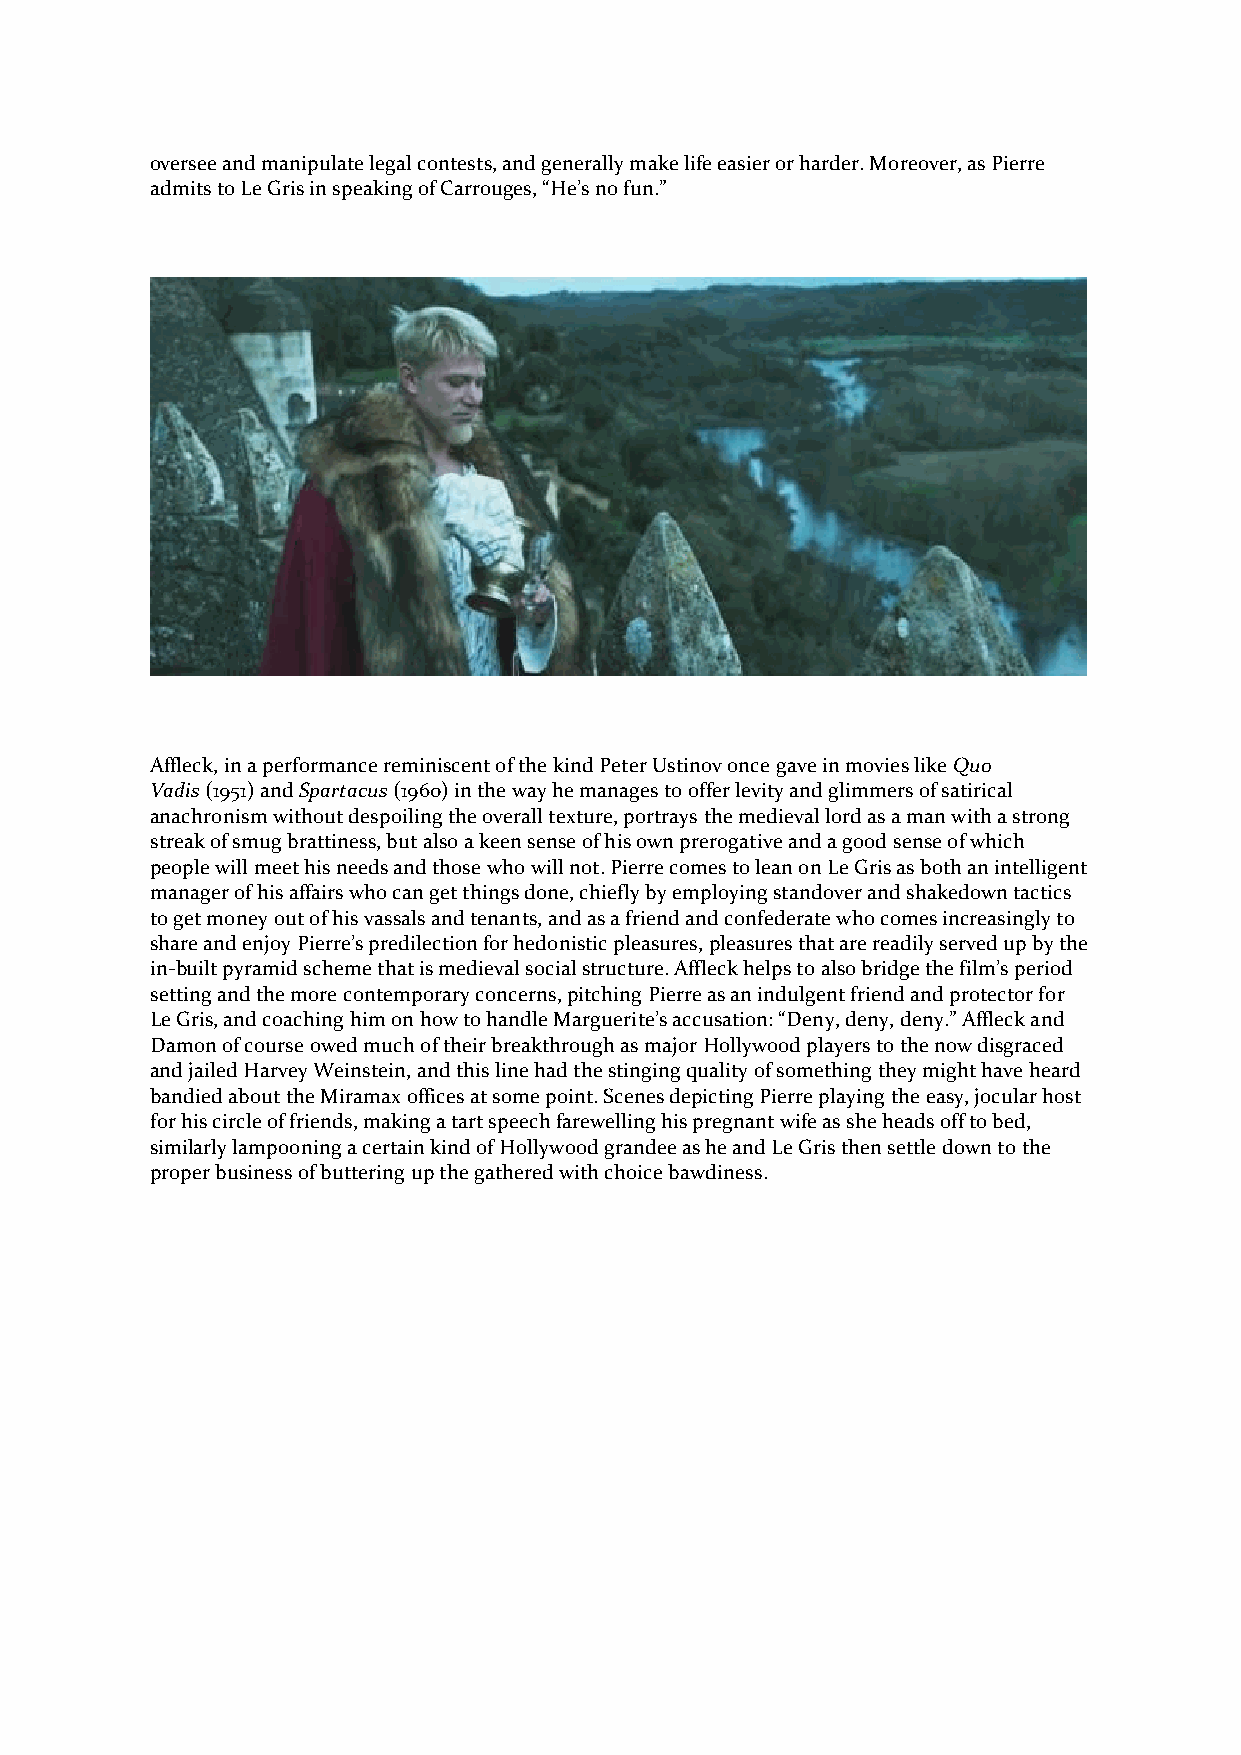
oversee and manipulate legal contests, and generally make life easier or harder. Moreover, as Pierre
 admits to Le Gris in speaking of Carrouges, “He’s no fun.”
 Affleck, in a performance reminiscent of the kind Peter Ustinov once gave in movies like Quo
 Vadis (1951) and Spartacus (1960) in the way he manages to offer levity and glimmers of satirical
 anachronism without despoiling the overall texture, portrays the medieval lord as a man with a strong
 streak of smug brattiness, but also a keen sense of his own prerogative and a good sense of which
 people will meet his needs and those who will not. Pierre comes to lean on Le Gris as both an intelligent
 manager of his affairs who can get things done, chiefly by employing standover and shakedown tactics
 to get money out of his vassals and tenants, and as a friend and confederate who comes increasingly to
 share and enjoy Pierre’s predilection for hedonistic pleasures, pleasures that are readily served up by the
 in-built pyramid scheme that is medieval social structure. Affleck helps to also bridge the film’s period
 setting and the more contemporary concerns, pitching Pierre as an indulgent friend and protector for
 Le Gris, and coaching him on how to handle Marguerite’s accusation: “Deny, deny, deny.” Affleck and
 Damon of course owed much of their breakthrough as major Hollywood players to the now disgraced
 and jailed Harvey Weinstein, and this line had the stinging quality of something they might have heard
 bandied about the Miramax offices at some point. Scenes depicting Pierre playing the easy, jocular host
 for his circle of friends, making a tart speech farewelling his pregnant wife as she heads off to bed,
 similarly lampooning a certain kind of Hollywood grandee as he and Le Gris then settle down to the
 proper business of buttering up the gathered with choice bawdiness.